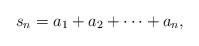
LaTeX: \begin{align*}s_n = a_1+a_2+ \cdots +a_n,\end{align*}